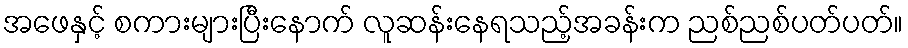
အဖေနှင့် စကားများပြီးနောက် လူဆန်းနေရသည့်အခန်းက ညစ်ညစ်ပတ်ပတ်။